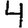
Digit: 4